Investigations on Bengal jail dietaries - Number 37
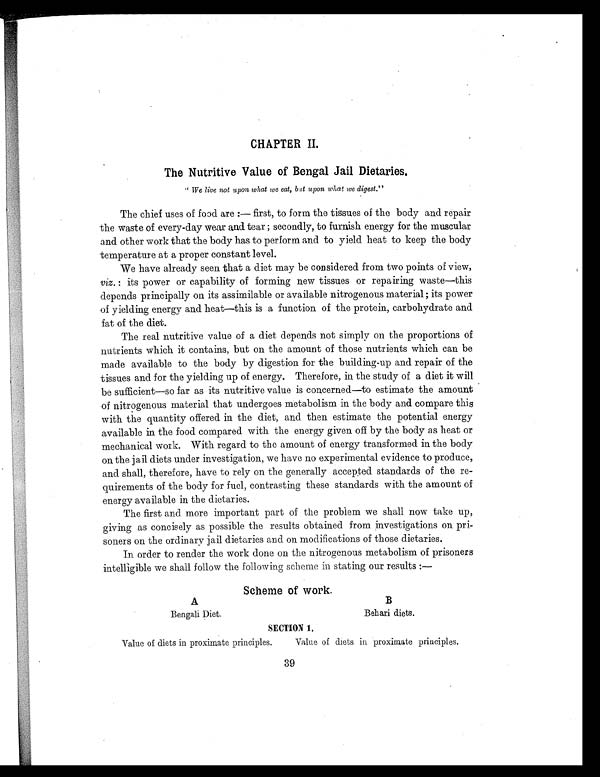
CHAPTER II.
The Nutritive Value of Bengal Jail Dietaries.
"We live not upon what we eat, but upon what we digest."
The chief uses of food are :— first, to form the tissues of the body and repair
the waste of every-day wear and tear ; secondly, to furnish energy for the muscular
and other work that the body has to perform and to yield heat to keep the body
temperature at a proper constant level.
We have already seen that a diet may be considered from two points of view,
viz. : its power or capability of forming new tissues or repairing waste—this
depends principally on its assimilable or available nitrogenous material; its power
of yielding energy and heat—this is a function of the protein, carbohydrate and
fat of the diet.
The real nutritive value of a diet depends not simply on the proportions Of
nutrients which it contains, but on the amount of those nutrients which can be
made available to the body by digestion for the building-up and repair of the
tissues and for the yielding up of energy. Therefore, in the study of a diet it will
be sufficient—so far as its nutritive value is concerned—to estimate the amount
of nitrogenous material that undergoes metabolism in the body and compare this
with the quantity offered in the diet, and then estimate the potential energy
available in the food compared with the energy given off by the body as heat or
mechanical work. With regard to the amount of energy transformed in the body
on the jail diets under investigation, we have no experimental evidence to produce,
and shall, therefore, have to rely on the generally accepted standards of the re-
quirements of the body for fuel, contrasting these standards with the amount of
energy available in the dietaries.
The first and more important part of the problem we shall now take up,
giving as concisely as possible the results obtained from investigations on pri-
soners on the ordinary jail dietaries and on modifications of those dietaries.
In order to render the work done on the nitrogenous metabolism of prisoners
intelligible we shall follow the following scheme in stating our results :—
Scheme of work.
A
B
Bengali Diet.
Behari diets.
SECTION 1.
Value of diets in proximate principles.
Value of diets in proximate principles.
39